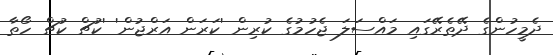
ދެމީހުންގެ ދޭތެރޭގައި މައްސަލަ ޖެހުމުގެ ކުރިން 'ކަރަން އަރްޖުން' 'ކުޗް ކުޗް ހޯތާ